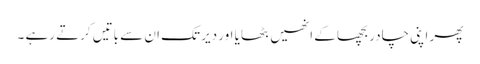
پھر اپنی چادر بچھا کے انھیں بٹھایا اور دیر تک ان سے باتیں کرتے رہے ۔